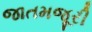
જાતમજૂરી